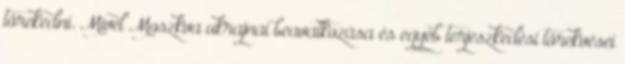
törekedni. Mivel Moszkva ukrajnai beavatkozása és egyéb terjeszkedési törekvései